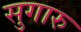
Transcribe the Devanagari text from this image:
सुगारु